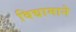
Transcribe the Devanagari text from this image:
विद्यामाने